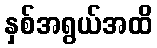
နှစ်အရွယ်အထိ